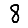
Digit: 8